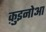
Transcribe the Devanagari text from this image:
क़ुइनोआ